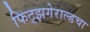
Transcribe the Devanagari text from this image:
फिट्झगेराल्डचा